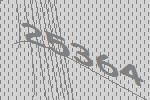
25364